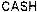
CASH